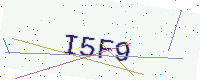
Text: I5F9